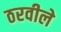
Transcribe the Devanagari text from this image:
ठरवीले